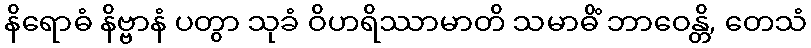
နိရောဓံ နိဗ္ဗာနံ ပတွာ သုခံ ဝိဟရိဿာမာတိ သမာဓိံ ဘာဝေန္တိ, တေသံ